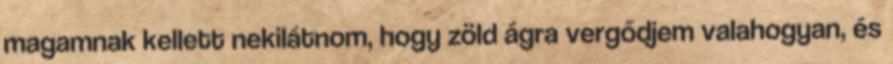
magamnak kellett nekilátnom, hogy zöld ágra vergődjem valahogyan, és